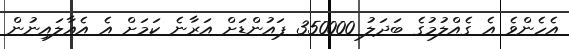
އެހެންވެ އެ ގެއްލުމުގެ ބަދަލު 350000 ޕައުންޑަށް އަރާނެ ކަމަށް އެ އެއާލައިނުން